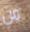
من